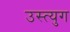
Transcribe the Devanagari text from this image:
उस्त्युग